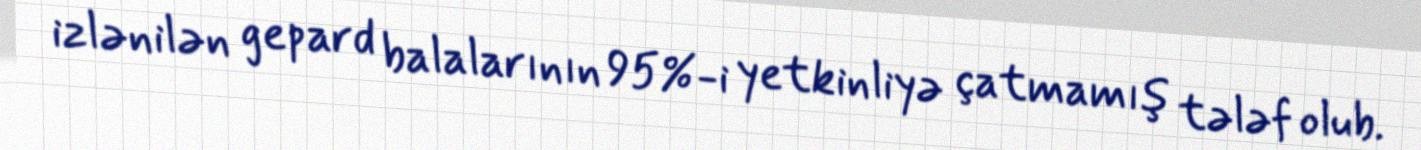
izlənilən gepard balalarının 95%-i yetkinliyə çatmamış tələf olub.